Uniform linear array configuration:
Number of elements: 12
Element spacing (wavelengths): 0.25
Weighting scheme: hann
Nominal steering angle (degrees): -15
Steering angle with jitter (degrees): -13.743
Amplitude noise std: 0.05
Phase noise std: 0.05

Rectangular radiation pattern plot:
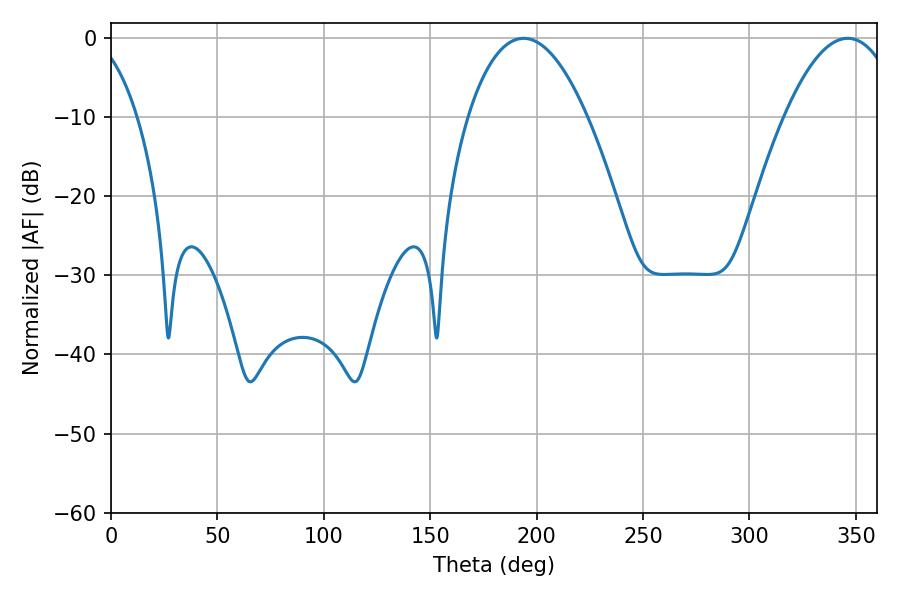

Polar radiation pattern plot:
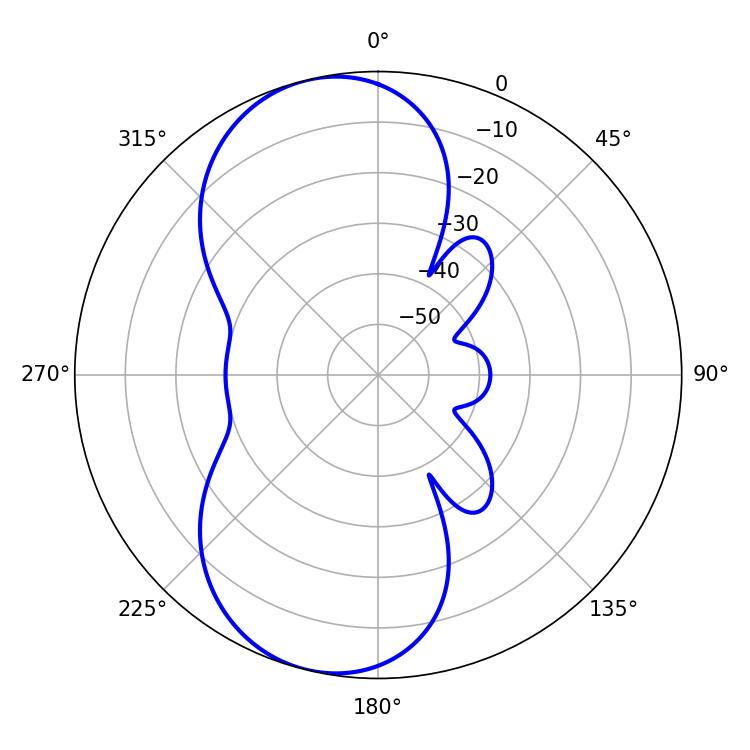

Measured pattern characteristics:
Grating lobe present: FALSE
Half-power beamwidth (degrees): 30.96
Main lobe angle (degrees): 193.86